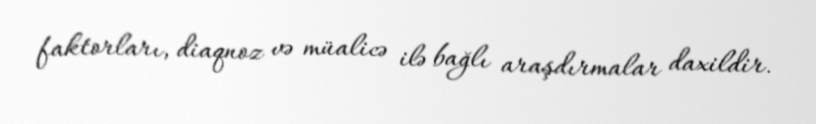
faktorları, diaqnoz və müalicə ilə bağlı araşdırmalar daxildir.